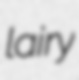
lairy